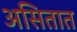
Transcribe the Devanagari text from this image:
असितात